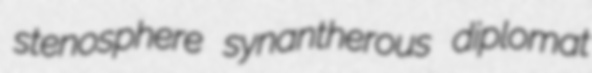
stenosphere synantherous diplomat